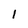
Character: l